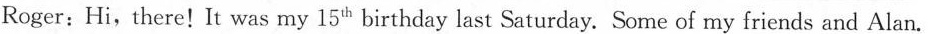
Roger：Hi，there！It was my15^{ th } birthday last Saturday.Some of my friends and Alan.